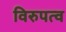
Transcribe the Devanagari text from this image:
विरुपत्व